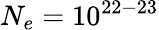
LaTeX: N_{e}=10^{22-23}